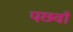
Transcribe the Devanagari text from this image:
पछवाँ